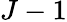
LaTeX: J-1